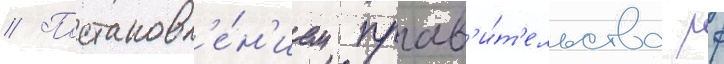
// Постановл'е́н'ием прав'и́т'ельства рф